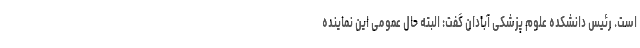
است. رئیس دانشکده علوم پزشکی آبادان گفت: البته حال عمومی این نماینده